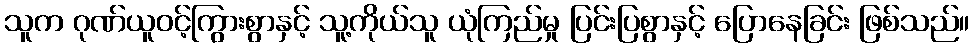
သူက ဂုဏ်ယူဝင့်ကြွားစွာနှင့် သူ့ကိုယ်သူ ယုံကြည်မှု ပြင်းပြစွာနှင့် ပြောနေခြင်း ဖြစ်သည်။